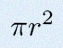
\pi r^2